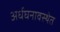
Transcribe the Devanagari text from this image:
अर्धघनावस्थेत